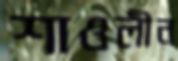
শাওলীন